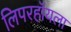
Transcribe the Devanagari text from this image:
लिपरहॉयला